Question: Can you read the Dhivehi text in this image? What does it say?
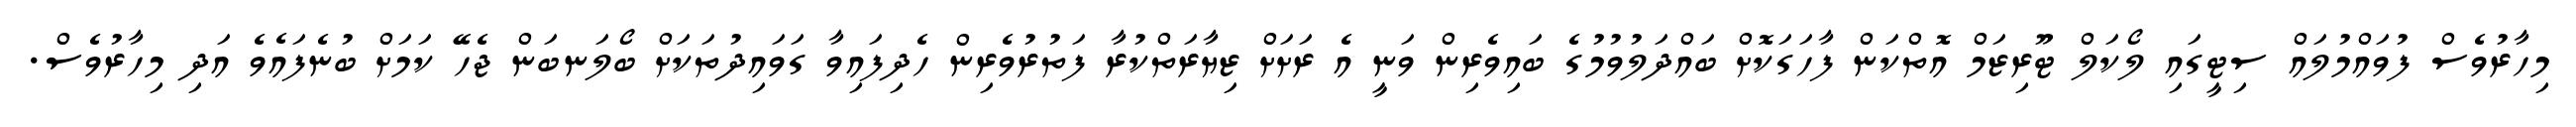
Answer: މިހާރުވެސް ފުވައްމުލައް ސިޓީގައި ލޯކަލް ޓޫރިޒަމް އޮތްކަން ފާހަގަކޮށް ބައްދަލުވުމުގެ ބައިވެރިން ވަނީ އެ ރަށަށް ޒިޔާރަތްކުރާ ފަތުރުވެރިން ހެދިފައިވާ ގަވައިދުތަކަށް ބޯލަނބަން ޖެހޭ ކަމަށް ބުނެފައެވެ އަދި މިހާރުވެސް.